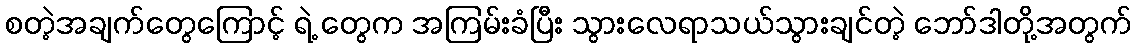
စတဲ့အချက်တွေကြောင့် ရဲ့ တွေက အကြမ်းခံပြီး သွားလေရာသယ်သွားချင်တဲ့ ဘော်ဒါတို့အတွက်